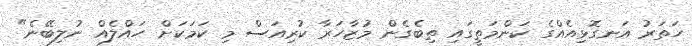
ހަތަރު އަނގޮޅިއެއްގެ ކަންމަތީގައި ތިބެގެން މުޒާހަރާ ކުރިއަސް މި ކަމަކަށް ހައްލެއް ނުލިބޭނެ"